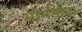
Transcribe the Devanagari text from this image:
भागडोबा